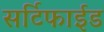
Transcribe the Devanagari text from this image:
सर्टिफाईड